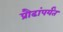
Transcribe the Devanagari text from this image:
प्रौढांपर्यंत